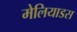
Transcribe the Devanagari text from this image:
मेलियाडस